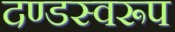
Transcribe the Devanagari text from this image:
दण्डस्वरूप